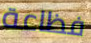
فظاعة